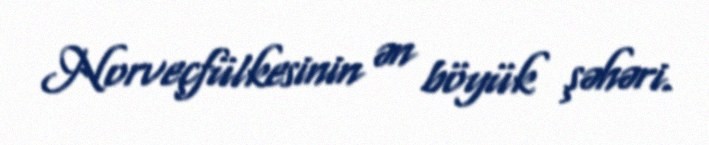
Norveçfülkesinin ən böyük şəhəri.